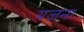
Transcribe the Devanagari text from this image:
यजना